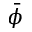
\bar { \phi }